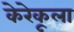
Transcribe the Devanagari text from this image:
केरेकूला